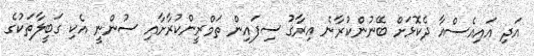
އަދި އައިއެސްއާ ދެކޮޅަށް ބޭނުންކުރާނެ އިރާގު ސިފައިން ތަމްރީންކުރާށާއި ސުންނީ އެކި ގަބީލާތަކުގެ